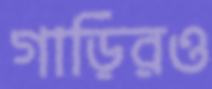
গাড়িরও